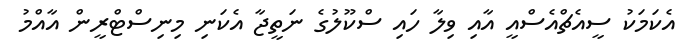
އެކަމަކު ސީއެޗްއެސްއީ އާއި ވިލާ ހައި ސްކޫލުގެ ނަތީޖާ އެކަނި މިނިސްޓްރީން އާއްމު